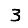
Digit: 3